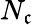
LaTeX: N_{\mathfrak{c}}